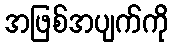
အဖြစ်အပျက်ကို